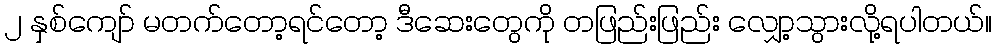
၂ နှစ်ကျော် မတက်တော့ရင်တော့ ဒီဆေးတွေကို တဖြည်းဖြည်း လျှော့သွားလို့ရပါတယ်။